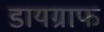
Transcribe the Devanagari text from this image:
डायग्राफ